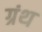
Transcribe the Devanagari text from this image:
ग्रंथ्‍ा